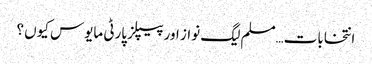
انتخابات…مسلم لیگ نواز اور پیپلز پارٹی مایوس کیوں ؟